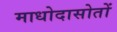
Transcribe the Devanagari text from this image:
माधोदासोतों